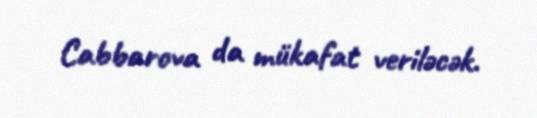
Cabbarova da mükafat veriləcək.